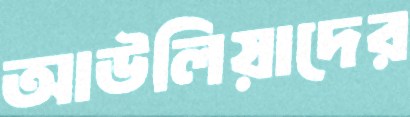
আউলিয়াদের